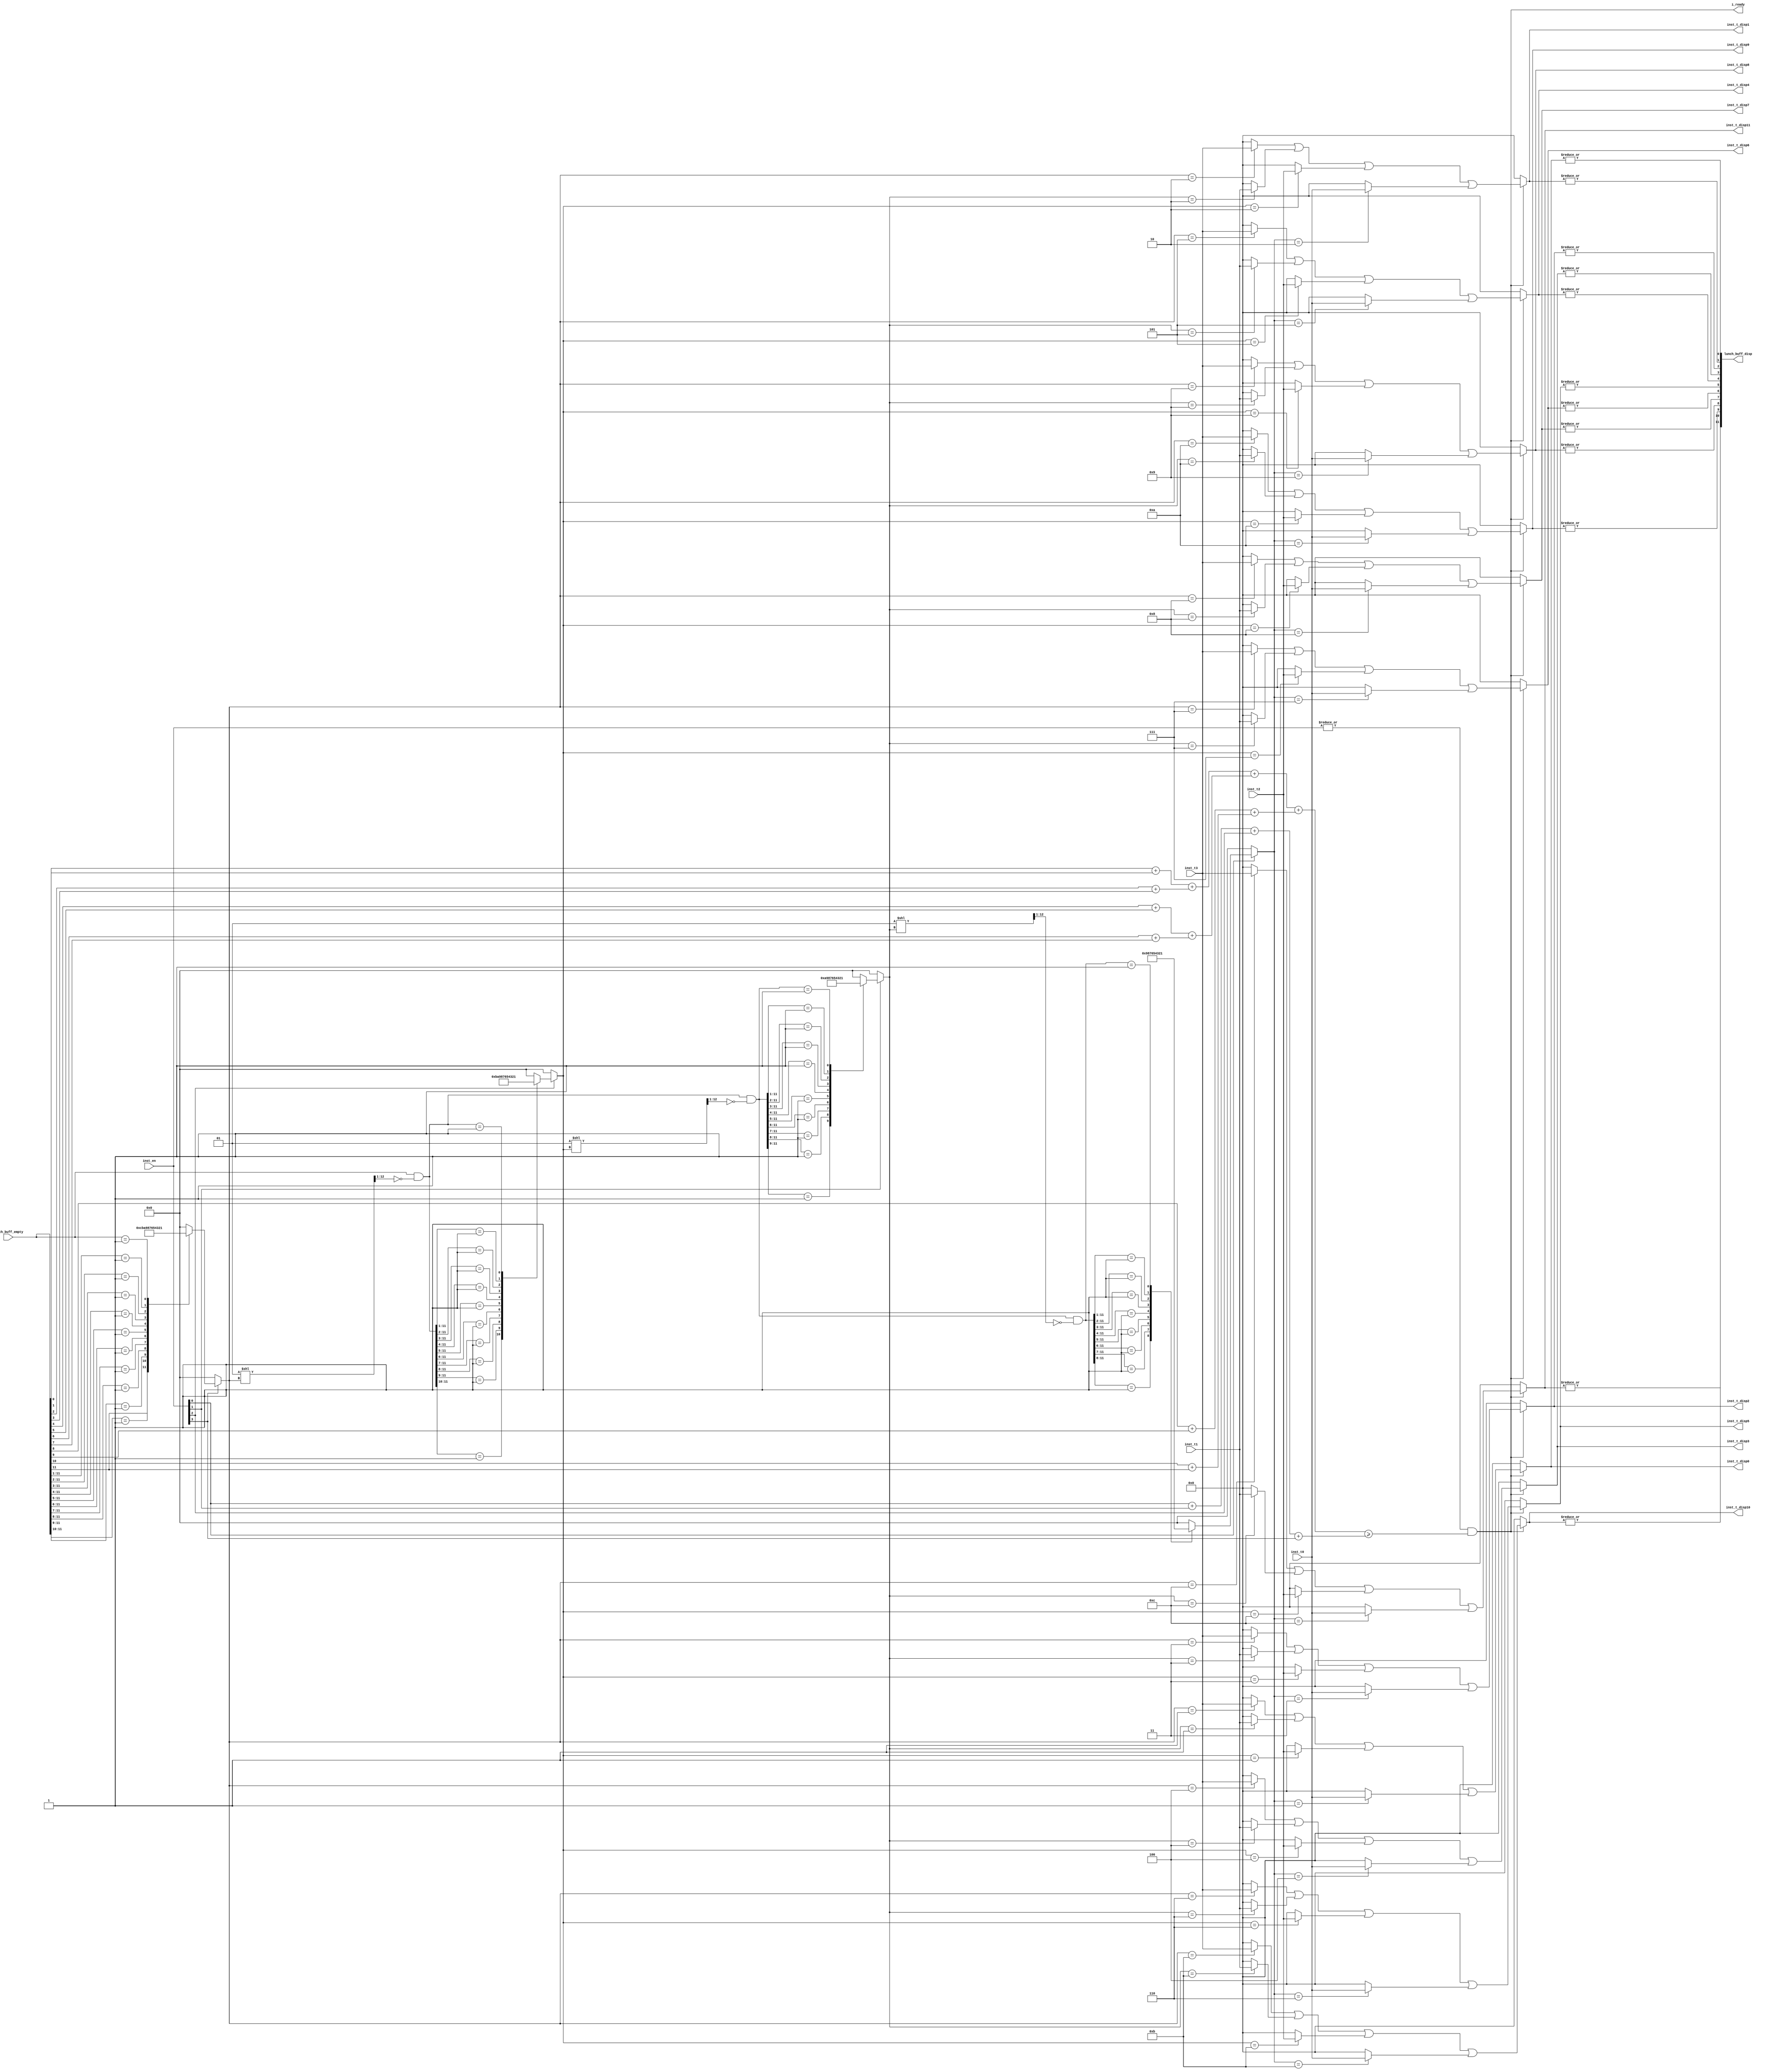
module arb_4_12(// to high


input [3:0]  inst_en,

input [49:0] inst_t1, 
input [49:0] inst_t2, 
input [49:0] inst_t3, 
input [49:0] inst_t0, 

input [11:0] lunch_buff_empty,

///////////////////////////////////////////////////////

output [11:0] lunch_buff_disp,

output [49:0]inst_t_disp0 ,
output [49:0]inst_t_disp1 ,
output [49:0]inst_t_disp2 ,
output [49:0]inst_t_disp3 ,
output [49:0]inst_t_disp4 ,
output [49:0]inst_t_disp5 ,
output [49:0]inst_t_disp6 ,
output [49:0]inst_t_disp7 ,
output [49:0]inst_t_disp8 ,
output [49:0]inst_t_disp9 ,
output [49:0]inst_t_disp10,
output [49:0]inst_t_disp11,

output i_ready

);
wire i_vaild=|inst_en;

reg [3:0] index0;
reg [3:0] index1;
reg [3:0] index2;
reg [3:0] index3;

reg [11:0]mask1;
reg [11:0]mask2;
reg [11:0]mask3;

always @(*)begin
		 if(inst_en[3]==1)
       casez(lunch_buff_empty)
          12'b1zzzzzzzzzzz : begin index0 = 4'b1100; end	 
          12'b01zzzzzzzzzz : begin index0 = 4'b1011; end		 
          12'b001zzzzzzzzz : begin index0 = 4'b1010; end 
          12'b0001zzzzzzzz : begin index0 = 4'b1001; end	 
          12'b00001zzzzzzz : begin index0 = 4'b1000; end 
          12'b000001zzzzzz : begin index0 = 4'b0111; end	 
          12'b0000001zzzzz : begin index0 = 4'b0110; end		 
          12'b00000001zzzz : begin index0 = 4'b0101; end	 
          12'b000000001zzz : begin index0 = 4'b0100; end
			 12'b0000000001zz : begin index0 = 4'b0011; end
			 12'b00000000001z : begin index0 = 4'b0010; end
			 12'b000000000001 : begin index0 = 4'b0001; end
          default          : begin index0 = 4'b0000; end
        endcase
		  else
				index0=0;
	end 

always@(*)begin 
    mask1=(1<<index0)>>1;
end

wire [11:0] lunch_buff_empty_m1=lunch_buff_empty & (~mask1);

always @(*)begin
	    if(inst_en[2]==1)
       casez(lunch_buff_empty_m1)
          12'b01zzzzzzzzzz : begin index1 = 4'b1011; end		 
          12'b001zzzzzzzzz : begin index1 = 4'b1010; end 
          12'b0001zzzzzzzz : begin index1 = 4'b1001; end	 
          12'b00001zzzzzzz : begin index1 = 4'b1000; end 
          12'b000001zzzzzz : begin index1 = 4'b0111; end	 
          12'b0000001zzzzz : begin index1 = 4'b0110; end		 
          12'b00000001zzzz : begin index1 = 4'b0101; end	 
          12'b000000001zzz : begin index1 = 4'b0100; end
          12'b0000000001zz : begin index1 = 4'b0011; end
			 12'b00000000001z : begin index1 = 4'b0010; end
			 12'b000000000001 : begin index1 = 4'b0001; end
          default          : begin index1 = 4'b0000; end
        endcase
		  else
				index1=0;
	end 

always@(*)begin 
    mask2=(1<<index1)>>1;
end

wire [11:0] lunch_buff_empty_m2=lunch_buff_empty_m1 & (~mask2);

always @(*)begin
		 if(inst_en[1]==1)
       casez(lunch_buff_empty_m2)
//          12'b01zzzzzzzzzz : begin index2 = 4'b1011; end		 
          12'b001zzzzzzzzz : begin index2 = 4'b1010; end 
          12'b0001zzzzzzzz : begin index2 = 4'b1001; end	 
          12'b00001zzzzzzz : begin index2 = 4'b1000; end 
          12'b000001zzzzzz : begin index2 = 4'b0111; end	 
          12'b0000001zzzzz : begin index2 = 4'b0110; end		 
          12'b00000001zzzz : begin index2 = 4'b0101; end	 
          12'b000000001zzz : begin index2 = 4'b0100; end
          12'b0000000001zz : begin index2 = 4'b0011; end
			 12'b00000000001z : begin index2 = 4'b0010; end
			 12'b000000000001 : begin index2 = 4'b0001; end
          default          : begin index2 = 4'b0000; end
        endcase
		  else
			index2=0;
	end 

always@(*)begin 
    mask3=(1<<index2)>>1;
end

wire [11:0] lunch_buff_empty_m3=lunch_buff_empty_m2 & (~mask3);

always @(*)begin
		 if(inst_en[0]==1)
       casez(lunch_buff_empty_m3)
//          12'b01zzzzzzzzzz : begin index3 = 4'b1011; end		 
//          12'b001zzzzzzzzz : begin index3 = 4'b1010; end 
          12'b0001zzzzzzzz : begin index3 = 4'b1001; end	 
          12'b00001zzzzzzz : begin index3 = 4'b1000; end 
          12'b000001zzzzzz : begin index3 = 4'b0111; end	 
          12'b0000001zzzzz : begin index3 = 4'b0110; end		 
          12'b00000001zzzz : begin index3 = 4'b0101; end	 
          12'b000000001zzz : begin index3 = 4'b0100; end
          12'b0000000001zz : begin index3 = 4'b0011; end
			 12'b00000000001z : begin index3 = 4'b0010; end
			 12'b000000000001 : begin index3 = 4'b0001; end
          default          : begin index3 = 4'b0000; end
        endcase
		  else
			index3=0;
	end 

wire [4:0]empty_cnt=
((lunch_buff_empty[0]
+lunch_buff_empty[1])
+
(lunch_buff_empty[2]
+lunch_buff_empty[3]))

+

((lunch_buff_empty[4]
+lunch_buff_empty[5])
+
(lunch_buff_empty[6]
+lunch_buff_empty[7]))

+

((lunch_buff_empty[8]
+lunch_buff_empty[9])
+
(lunch_buff_empty[10]
+lunch_buff_empty[11]));


wire [4:0]en_cnt=inst_en[0]+inst_en[1]+inst_en[2]+inst_en[3];

assign i_ready=i_vaild&(empty_cnt>=en_cnt);

wire [49:0]inst_t_disp0_t0 =(index0==1) ?inst_t3:0;
wire [49:0]inst_t_disp1_t0 =(index0==2) ?inst_t3:0;
wire [49:0]inst_t_disp2_t0 =(index0==3) ?inst_t3:0;
wire [49:0]inst_t_disp3_t0 =(index0==4) ?inst_t3:0;
wire [49:0]inst_t_disp4_t0 =(index0==5) ?inst_t3:0;
wire [49:0]inst_t_disp5_t0 =(index0==6) ?inst_t3:0;
wire [49:0]inst_t_disp6_t0 =(index0==7) ?inst_t3:0;
wire [49:0]inst_t_disp7_t0 =(index0==8) ?inst_t3:0;
wire [49:0]inst_t_disp8_t0 =(index0==9) ?inst_t3:0;
wire [49:0]inst_t_disp9_t0 =(index0==10)?inst_t3:0;
wire [49:0]inst_t_disp10_t0=(index0==11)?inst_t3:0;
wire [49:0]inst_t_disp11_t0=(index0==12)?inst_t3:0;

wire [49:0]inst_t_disp0_t1 =(index1==1) ?inst_t2:0;
wire [49:0]inst_t_disp1_t1 =(index1==2) ?inst_t2:0;
wire [49:0]inst_t_disp2_t1 =(index1==3) ?inst_t2:0;
wire [49:0]inst_t_disp3_t1 =(index1==4) ?inst_t2:0;
wire [49:0]inst_t_disp4_t1 =(index1==5) ?inst_t2:0;
wire [49:0]inst_t_disp5_t1 =(index1==6) ?inst_t2:0;
wire [49:0]inst_t_disp6_t1 =(index1==7) ?inst_t2:0;
wire [49:0]inst_t_disp7_t1 =(index1==8) ?inst_t2:0;
wire [49:0]inst_t_disp8_t1 =(index1==9) ?inst_t2:0;
wire [49:0]inst_t_disp9_t1 =(index1==10)?inst_t2:0;
wire [49:0]inst_t_disp10_t1=(index1==11)?inst_t2:0;
wire [49:0]inst_t_disp11_t1=(index1==12)?inst_t2:0;

wire [49:0]inst_t_disp0_t2 =(index2==1) ?inst_t1:0;
wire [49:0]inst_t_disp1_t2 =(index2==2) ?inst_t1:0;
wire [49:0]inst_t_disp2_t2 =(index2==3) ?inst_t1:0;
wire [49:0]inst_t_disp3_t2 =(index2==4) ?inst_t1:0;
wire [49:0]inst_t_disp4_t2 =(index2==5) ?inst_t1:0;
wire [49:0]inst_t_disp5_t2 =(index2==6) ?inst_t1:0;
wire [49:0]inst_t_disp6_t2 =(index2==7) ?inst_t1:0;
wire [49:0]inst_t_disp7_t2 =(index2==8) ?inst_t1:0;
wire [49:0]inst_t_disp8_t2 =(index2==9) ?inst_t1:0;
wire [49:0]inst_t_disp9_t2 =(index2==10)?inst_t1:0;
wire [49:0]inst_t_disp10_t2=(index2==11)?inst_t1:0;
wire [49:0]inst_t_disp11_t2=(index2==12)?inst_t1:0;

wire [49:0]inst_t_disp0_t3 =(index3==1) ?inst_t0:0;
wire [49:0]inst_t_disp1_t3 =(index3==2) ?inst_t0:0;
wire [49:0]inst_t_disp2_t3 =(index3==3) ?inst_t0:0;
wire [49:0]inst_t_disp3_t3 =(index3==4) ?inst_t0:0;
wire [49:0]inst_t_disp4_t3 =(index3==5) ?inst_t0:0;
wire [49:0]inst_t_disp5_t3 =(index3==6) ?inst_t0:0;
wire [49:0]inst_t_disp6_t3 =(index3==7) ?inst_t0:0;
wire [49:0]inst_t_disp7_t3 =(index3==8) ?inst_t0:0;
wire [49:0]inst_t_disp8_t3 =(index3==9) ?inst_t0:0;
wire [49:0]inst_t_disp9_t3 =(index3==10)?inst_t0:0;
wire [49:0]inst_t_disp10_t3=(index3==11)?inst_t0:0;
wire [49:0]inst_t_disp11_t3=(index3==12)?inst_t0:0;


assign inst_t_disp0  = (i_ready==1)?(inst_t_disp0_t0 |inst_t_disp0_t2 |inst_t_disp0_t1 |inst_t_disp0_t3 ):0;
assign inst_t_disp1  = (i_ready==1)?(inst_t_disp1_t0 |inst_t_disp1_t2 |inst_t_disp1_t1 |inst_t_disp1_t3 ):0;
assign inst_t_disp2  = (i_ready==1)?(inst_t_disp2_t0 |inst_t_disp2_t2 |inst_t_disp2_t1 |inst_t_disp2_t3 ):0;
assign inst_t_disp3  = (i_ready==1)?(inst_t_disp3_t0 |inst_t_disp3_t2 |inst_t_disp3_t1 |inst_t_disp3_t3 ):0;
assign inst_t_disp4  = (i_ready==1)?(inst_t_disp4_t0 |inst_t_disp4_t2 |inst_t_disp4_t1 |inst_t_disp4_t3 ):0;
assign inst_t_disp5  = (i_ready==1)?(inst_t_disp5_t0 |inst_t_disp5_t2 |inst_t_disp5_t1 |inst_t_disp5_t3 ):0;
assign inst_t_disp6  = (i_ready==1)?(inst_t_disp6_t0 |inst_t_disp6_t2 |inst_t_disp6_t1 |inst_t_disp6_t3 ):0;
assign inst_t_disp7  = (i_ready==1)?(inst_t_disp7_t0 |inst_t_disp7_t2 |inst_t_disp7_t1 |inst_t_disp7_t3 ):0;
assign inst_t_disp8  = (i_ready==1)?(inst_t_disp8_t0 |inst_t_disp8_t2 |inst_t_disp8_t1 |inst_t_disp8_t3 ):0;
assign inst_t_disp9  = (i_ready==1)?(inst_t_disp9_t0 |inst_t_disp9_t2 |inst_t_disp9_t1 |inst_t_disp9_t3 ):0;
assign inst_t_disp10 = (i_ready==1)?(inst_t_disp10_t0|inst_t_disp10_t2|inst_t_disp10_t1|inst_t_disp10_t3):0;
assign inst_t_disp11 = (i_ready==1)?(inst_t_disp11_t0|inst_t_disp11_t2|inst_t_disp11_t1|inst_t_disp11_t3):0;




assign lunch_buff_disp[0 ]=|inst_t_disp0 ;
assign lunch_buff_disp[1 ]=|inst_t_disp1 ;
assign lunch_buff_disp[2 ]=|inst_t_disp2 ;
assign lunch_buff_disp[3 ]=|inst_t_disp3 ;
assign lunch_buff_disp[4 ]=|inst_t_disp4 ;
assign lunch_buff_disp[5 ]=|inst_t_disp5 ;
assign lunch_buff_disp[6 ]=|inst_t_disp6 ;
assign lunch_buff_disp[7 ]=|inst_t_disp7 ;
assign lunch_buff_disp[8 ]=|inst_t_disp8 ;
assign lunch_buff_disp[9 ]=|inst_t_disp9 ;
assign lunch_buff_disp[10]=|inst_t_disp10;
assign lunch_buff_disp[11]=|inst_t_disp11;



endmodule